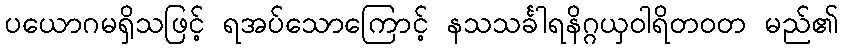
ပယောဂမရှိသဖြင့် ရအပ်သောကြောင့် နသသင်္ခါရနိဂ္ဂယှဝါရိတဝတ မည်၏